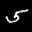
Label: 5